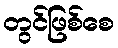
တွင်ဖြစ်စေ